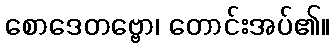
စောဒေတဗ္ဗော၊ တောင်းအပ်၏။